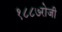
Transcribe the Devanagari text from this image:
१८८७रोजी